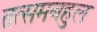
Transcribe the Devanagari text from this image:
तत्समबहुल